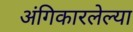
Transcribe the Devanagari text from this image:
अंगिकारलेल्या